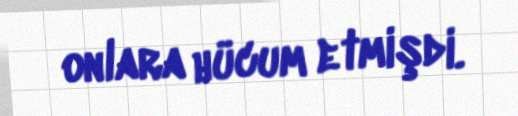
onlara hücum etmişdi.